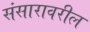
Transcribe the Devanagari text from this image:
संसारावरील